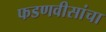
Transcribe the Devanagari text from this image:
फडणवीसांचा